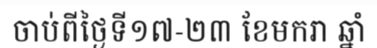
ចាប់ពីថ្ងៃទី១៧-២៣ ខែមករា ឆ្នាំ